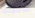
فرجينيا